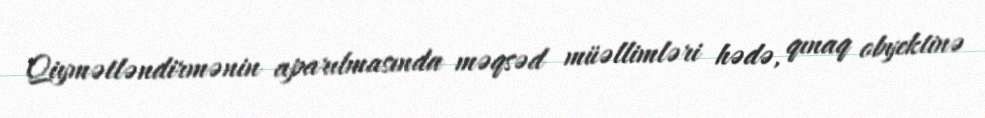
Qiymətləndirmənin aparılmasında məqsəd müəllimləri hədə, qınaq obyektinə